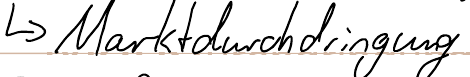
-> Marktdurchdringung